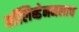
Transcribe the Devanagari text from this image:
मॉलिब्डेनमलाच